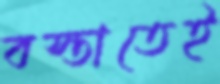
বস্তাতেই